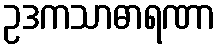
ဥဒကသာဓာရဏာ